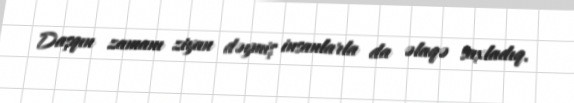
Daşqın zamanı ziyan dəymiş insanlarla da əlaqə saxladıq.